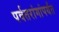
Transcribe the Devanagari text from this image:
पर्वतरांगांपर्यंत